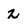
Character: 2